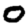
Digit: 0